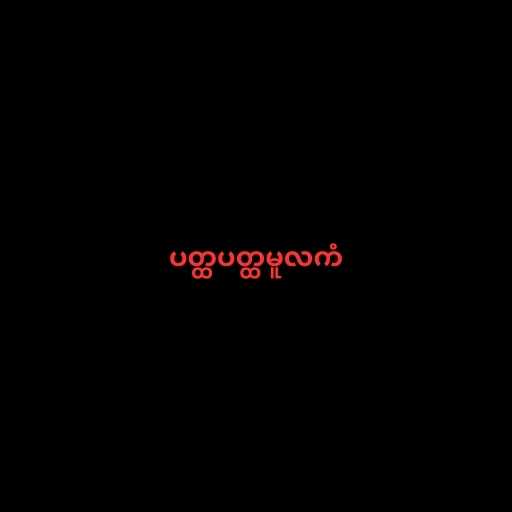
ပတ္ထပတ္ထမူလကံ